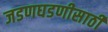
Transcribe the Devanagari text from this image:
जडणघडणीसाठी